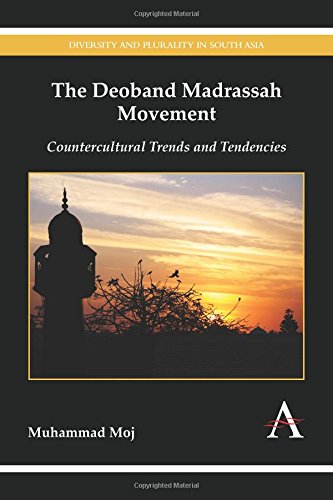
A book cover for The Deoband Madrassah Movement: Countercultural Trends and Tendencies (Diversity and Plurality in South Asia); Muhammad Moj; Religion & Spirituality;